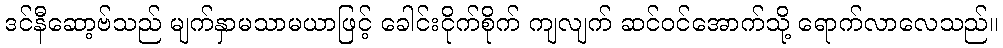
ဒင်နီဆော့ဗ်သည် မျက်နှာမသာမယာဖြင့် ခေါင်းငိုက်စိုက် ကျလျက် ဆင်ဝင်အောက်သို့ ရောက်လာလေသည်။